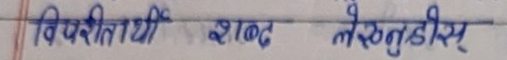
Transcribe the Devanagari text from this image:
विपरीताधी शब्द लेखतुहोस्